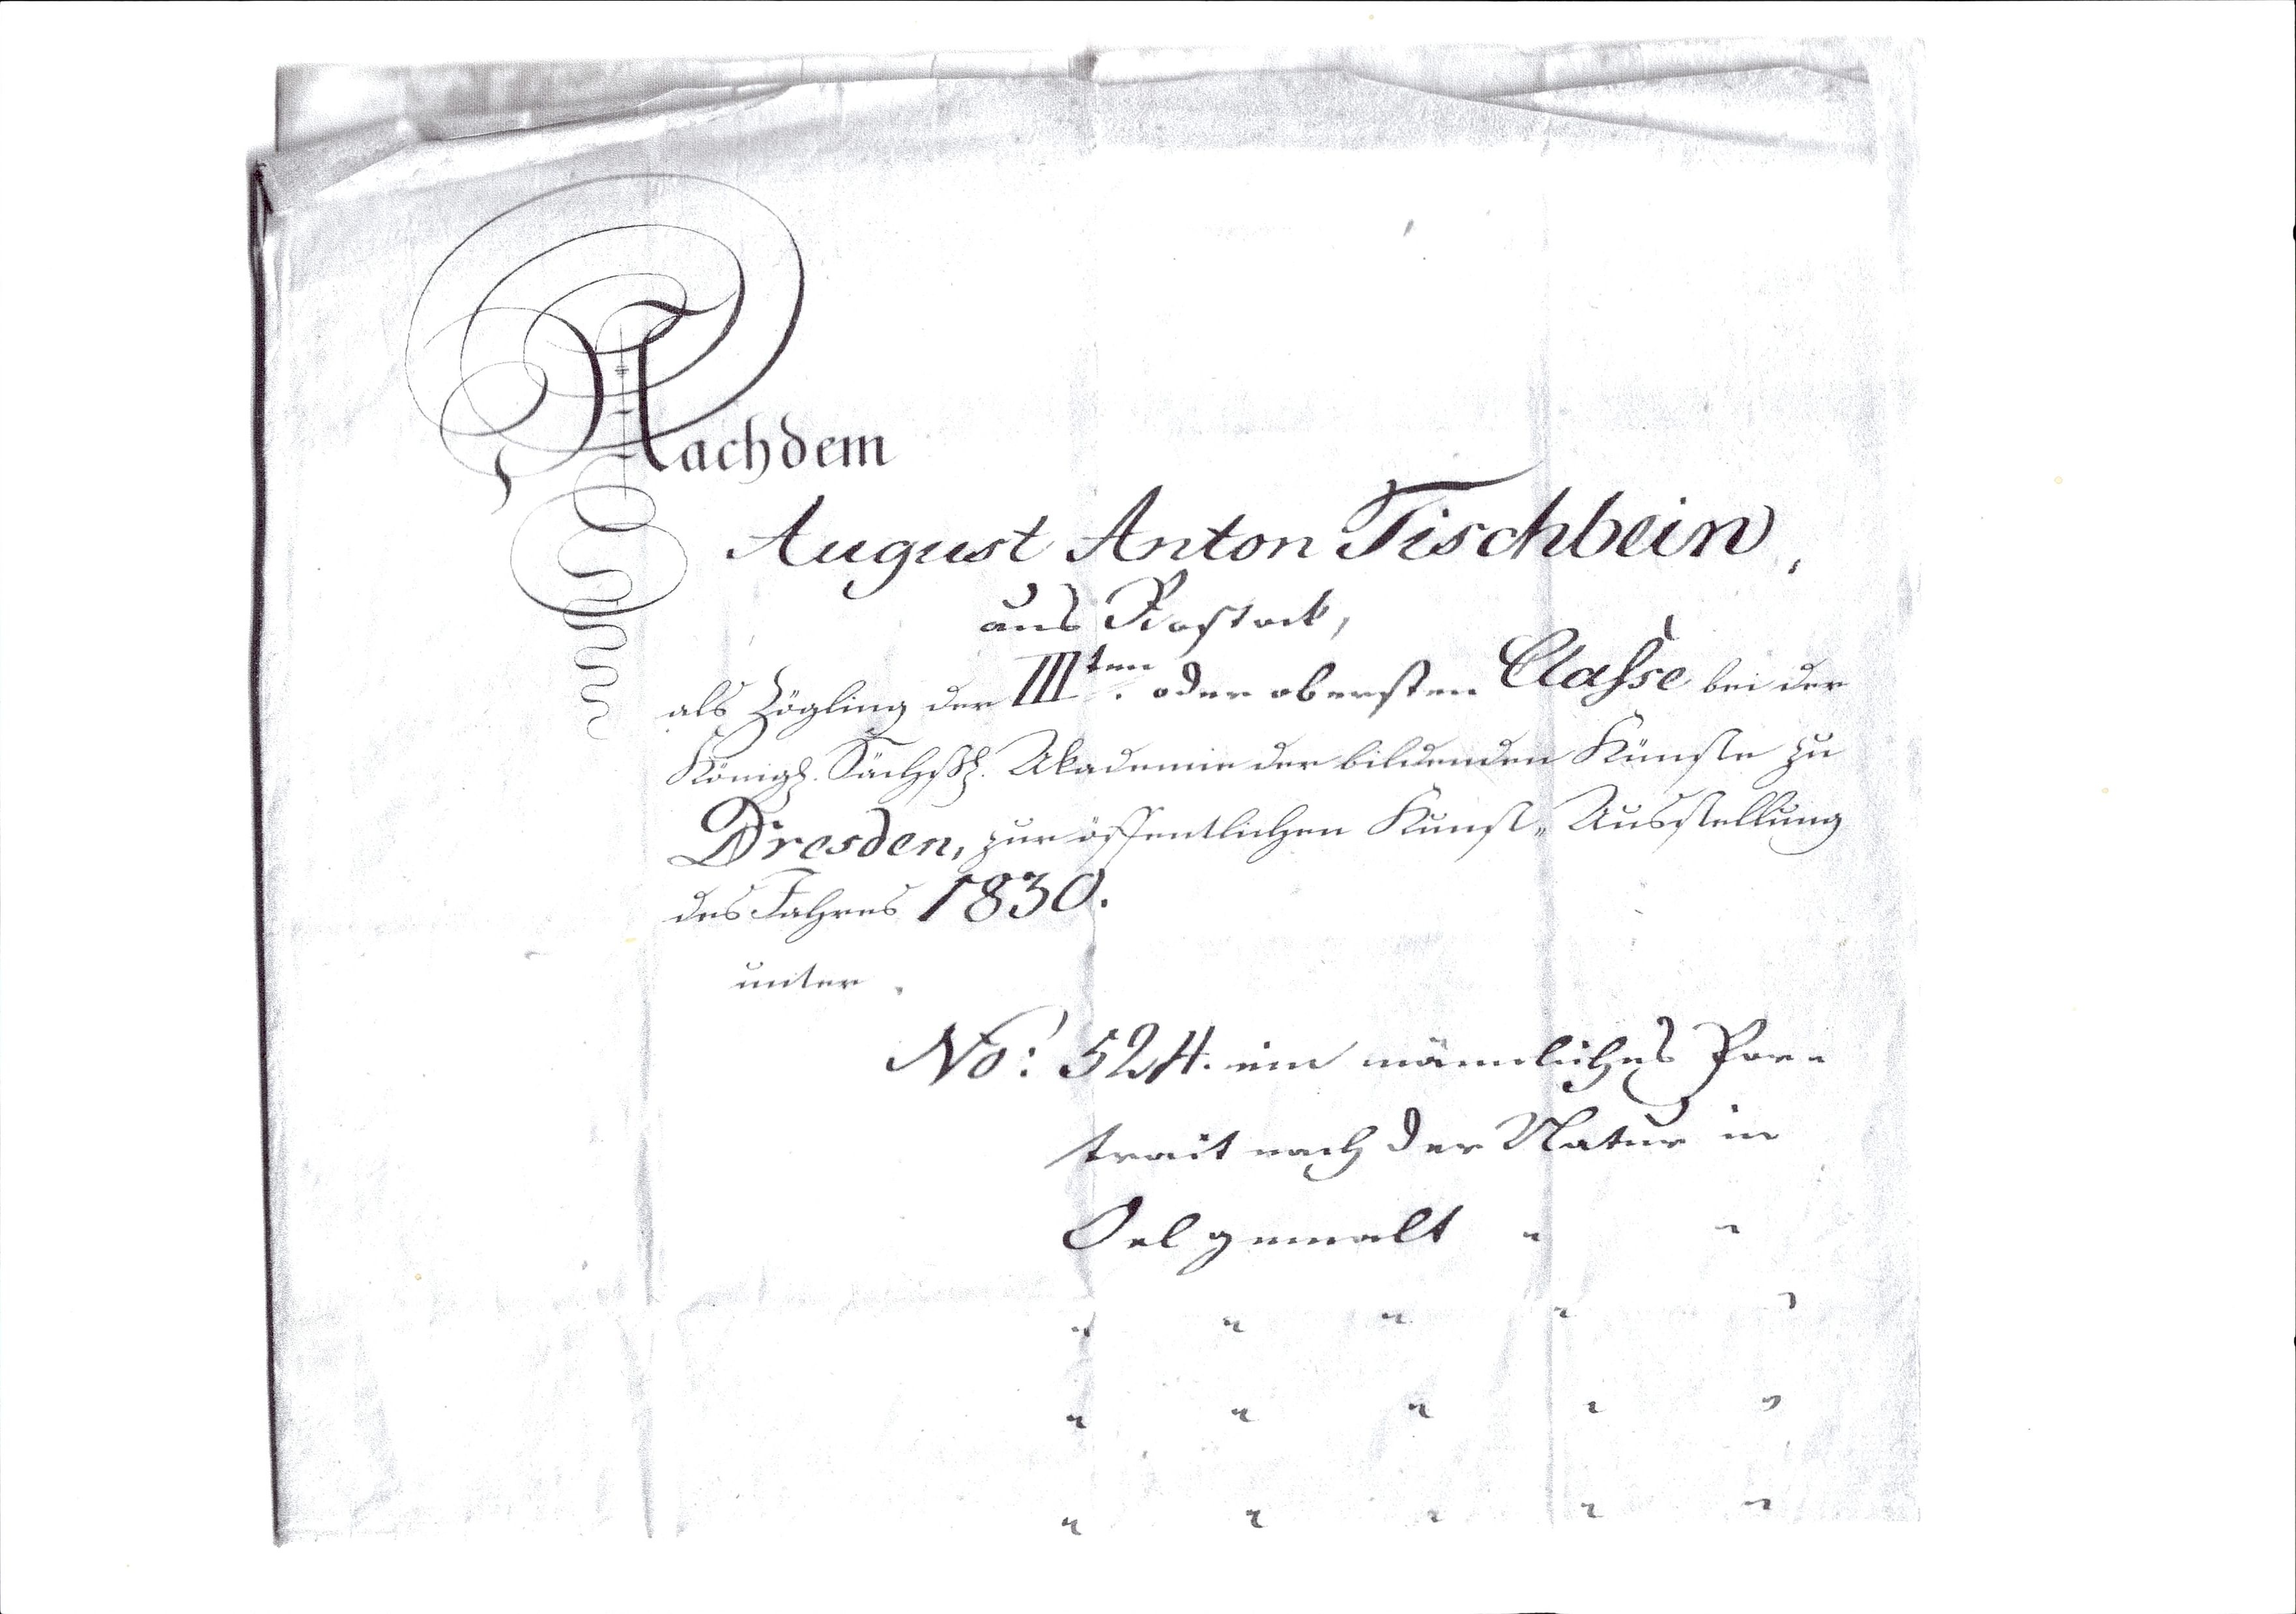
Nachdem
August Anton Tischbein,
aus Rostock,
als Zögling der III ten oder obersten Classe bei der
königl. Sächs. Akademie der bildenden Künste zu
Dresden, zur öffentlichen Kunst-Ausstellung
des Jahres 1830.
unter
No: 524. ein männliches Por¬
trait nach der Natur in
Oel gemalt       "      "
  "       "      "      "      "
 "       "      "      "      "
 "       "      "      "      "